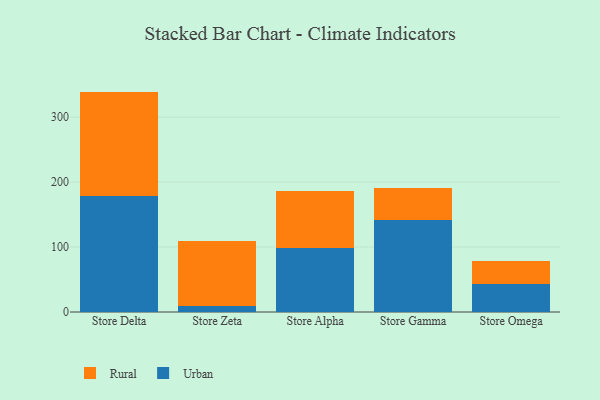
{"axis": {"x": "Store", "y": "Demand Index"}, "legend": ["Rural", "Urban"], "data": [{"x": "Store Delta", "y": 179.3, "type": "Urban"}, {"x": "Store Delta", "y": 160.0, "type": "Rural"}, {"x": "Store Zeta", "y": 8.5, "type": "Urban"}, {"x": "Store Zeta", "y": 101.5, "type": "Rural"}, {"x": "Store Alpha", "y": 99.0, "type": "Urban"}, {"x": "Store Alpha", "y": 87.7, "type": "Rural"}, {"x": "Store Gamma", "y": 141.3, "type": "Urban"}, {"x": "Store Gamma", "y": 49.6, "type": "Rural"}, {"x": "Store Omega", "y": 42.6, "type": "Urban"}, {"x": "Store Omega", "y": 36.1, "type": "Rural"}]}